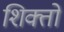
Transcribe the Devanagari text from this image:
शिक्तो